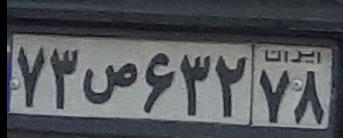
۷۳س۶۳۲۷۸